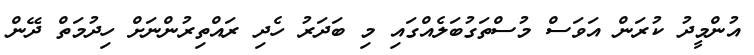
އުންމީދު ކުރަން އަވަސް މުސްތަގުބަލެއްގައި މި ބަދަރު ހެދި ރައްތިރުންނަށް ހިދުމަތް ދޭން